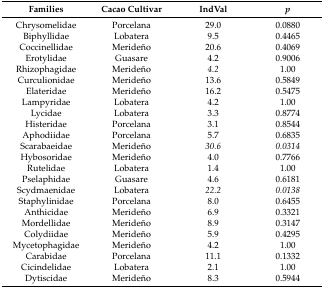
<table><thead><tr><td><b>Families</b></td><td><b>Cacao Cultivar</b></td><td><b>IndVal</b></td><td><b><i>p</i></b></td></tr></thead><tbody><tr><td>Chrysomelidae</td><td>Porcelana</td><td>29.0</td><td>0.0880</td></tr><tr><td>Biphyllidae</td><td>Lobatera</td><td>9.5</td><td>0.4465</td></tr><tr><td>Coccinellidae</td><td>Merideño</td><td>20.6</td><td>0.4069</td></tr><tr><td>Erotylidae</td><td>Guasare</td><td>4.2</td><td>0.9006</td></tr><tr><td>Rhizophagidae</td><td>Merideño</td><td><i>4.2</i></td><td>1.00</td></tr><tr><td>Curculionidae</td><td>Merideño</td><td>13.6</td><td>0.5849</td></tr><tr><td>Elateridae</td><td>Merideño</td><td>16.2</td><td>0.5475</td></tr><tr><td>Lampyridae</td><td>Lobatera</td><td>4.2</td><td>1.00</td></tr><tr><td>Lycidae</td><td>Lobatera</td><td>3.3</td><td>0.8774</td></tr><tr><td>Histeridae</td><td>Porcelana</td><td>3.1</td><td>0.8544</td></tr><tr><td>Aphodiidae</td><td>Porcelana</td><td>5.7</td><td>0.6835</td></tr><tr><td>Scarabaeidae</td><td>Merideño</td><td><i>30.6</i></td><td><i>0.0314</i></td></tr><tr><td>Hybosoridae</td><td>Merideño</td><td>4.0</td><td>0.7766</td></tr><tr><td>Rutelidae</td><td>Lobatera</td><td>1.4</td><td>1.00</td></tr><tr><td>Pselaphidae</td><td>Guasare</td><td>4.6</td><td>0.6181</td></tr><tr><td>Scydmaenidae</td><td>Lobatera</td><td><i>22.2</i></td><td><i>0.0138</i></td></tr><tr><td>Staphylinidae</td><td>Porcelana</td><td>8.0</td><td>0.6455</td></tr><tr><td>Anthicidae</td><td>Merideño</td><td>6.9</td><td>0.3321</td></tr><tr><td>Mordellidae</td><td>Merideño</td><td>8.9</td><td>0.3147</td></tr><tr><td>Colydiidae</td><td>Merideño</td><td>5.9</td><td>0.4295</td></tr><tr><td>Mycetophagidae</td><td>Merideño</td><td>4.2</td><td>1.00</td></tr><tr><td>Carabidae</td><td>Porcelana</td><td>11.1</td><td>0.1332</td></tr><tr><td>Cicindelidae</td><td>Lobatera</td><td>2.1</td><td>1.00</td></tr><tr><td>Dytiscidae</td><td>Merideño</td><td>8.3</td><td>0.5944</td></tr></tbody></table>